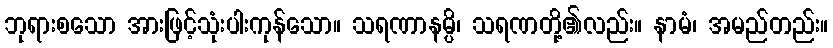
ဘုရားစသော အားဖြင့်သုံးပါးကုန်သော။ သရဏာနမ္ပိ၊ သရဏတို့၏လည်း။ နာမံ၊ အမည်တည်း။